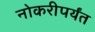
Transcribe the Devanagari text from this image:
नोकरीपर्यंत